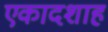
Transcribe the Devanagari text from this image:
एकादशाह